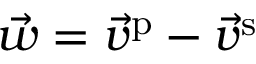
\vec { w } = \vec { v } ^ { \mathrm { p } } - \vec { v } ^ { \mathrm { s } }